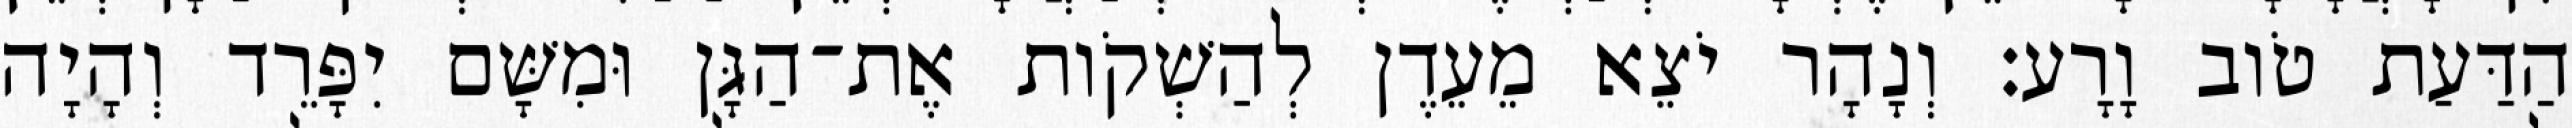
הַדַּעַת טֹוב וָרָע׃ וְנָהָר יֹצֵא מֵעֵדֶן לְהַשְׁקֹות אֶת־הַגָּן וּמִשָּׁם יִפָּרֵד וְהָיָה